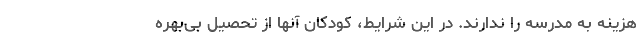
هزینه به مدرسه را ندارند. در این شرایط، کودکان آنها از تحصیل بی‌بهره